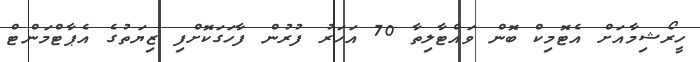
ހީރޯޝިމާއަށް އެޓޮމިކް ބޮން ވައްޓާލިތާ 70 އަހަރު ފުރުން ފާހަގަކޮށްފި ޒިޔަތުގެ އެޕާޓްމަންޓް